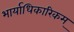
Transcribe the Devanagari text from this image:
भार्याधिकारिकम्